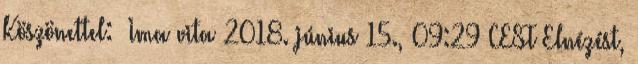
Köszönettel:– Ima vita 2018. június 15., 09:29 CEST Elnézést,